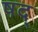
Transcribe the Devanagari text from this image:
षद्